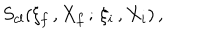
\: S _ { c l } ( \xi _ { f } \, , X _ { f } \, ; \, \xi _ { i } \, , X _ { i } ) \, , \: